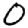
Digit: 0